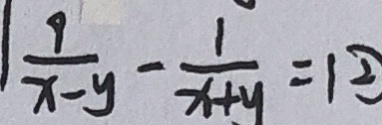
\frac { 9 } { x - y } - \frac { 1 } { x + y } = 1 \textcircled { 2 }